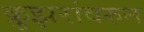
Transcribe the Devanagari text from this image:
क्रुझरांवरुन